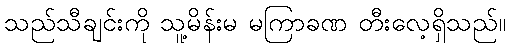
သည်သီချင်းကို သူ့မိန်းမ မကြာခဏ တီးလေ့ရှိသည်။